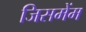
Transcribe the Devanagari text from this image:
जिसमेंम